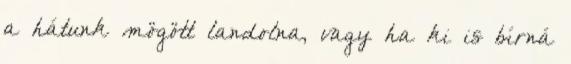
a hátunk mögött landolna, vagy ha ki is bírná